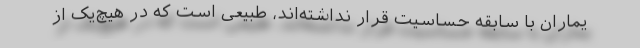
یماران با سابقه‌ حساسیت قرار نداشته‌اند، طبیعی است که در هیچ‌یک از